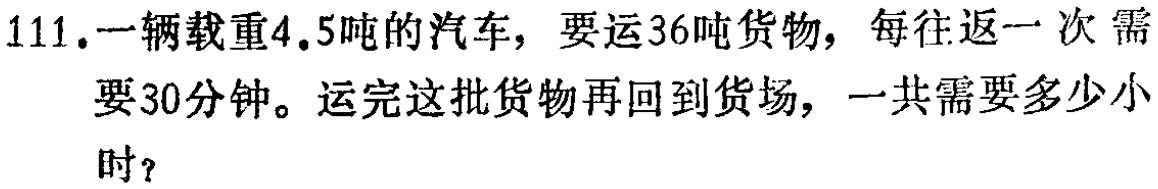
111.一辆载重4.5吨的汽车，要运36吨货物，每往返一次需要30分钟。运完这批货物再回到货场，一共需要多少小时？